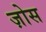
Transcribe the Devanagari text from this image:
ज़ोस